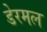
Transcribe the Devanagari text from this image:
डेरमल